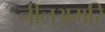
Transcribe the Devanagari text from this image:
नीलअमरि